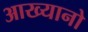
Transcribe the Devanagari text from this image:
आख्यानो